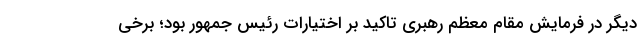
دیگر در فرمایش مقام معظم رهبری تاکید بر اختیارات رئیس جمهور بود؛ برخی